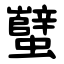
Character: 蠥